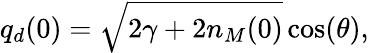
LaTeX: q_{d}(0)=\sqrt{2\gamma+2n_{M}(0)}\cos(\theta),